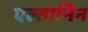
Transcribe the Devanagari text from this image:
एल्तानिन